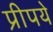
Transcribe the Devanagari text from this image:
प्रीपये